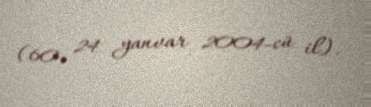
(60, 24 yanvar 2004-cü il).